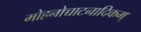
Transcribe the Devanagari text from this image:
मोहनोच्चाटनादिकम्